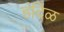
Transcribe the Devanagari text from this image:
हंदिळ